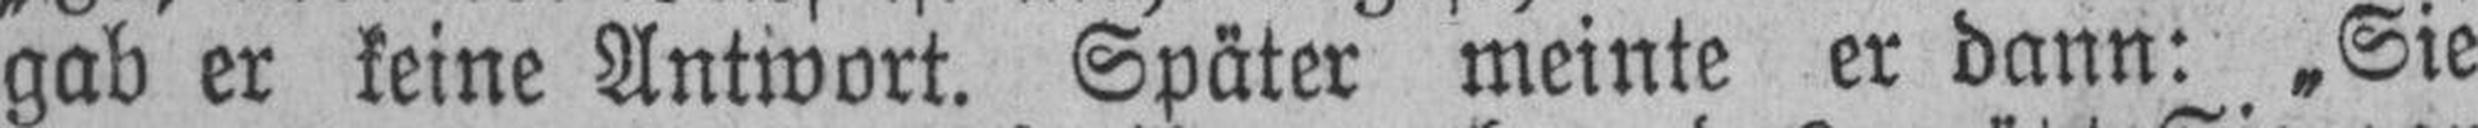
gab er keine Antwort. Später meinte er dann: „Sie